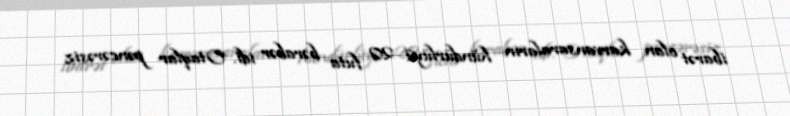
ibarət olan karvansaraların hündürlüyü 20 futa bərabər idi. Otaqlar pəncərəsiz